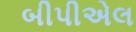
બીપીએલ